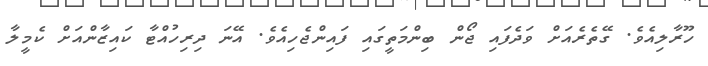
ހޫރާލިއެވެ. ގޭތެރެއަށް ވަދެފައި ޖޯން ބިންމަތީގައި ފައިންޖެހިއެވެ. އޭނަ ދިރިހުއްޓާ ކައިޒާންއަށް ކެމީލާ